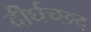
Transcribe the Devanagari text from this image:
दीर्घच्छद